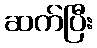
ဆက်ပြီး